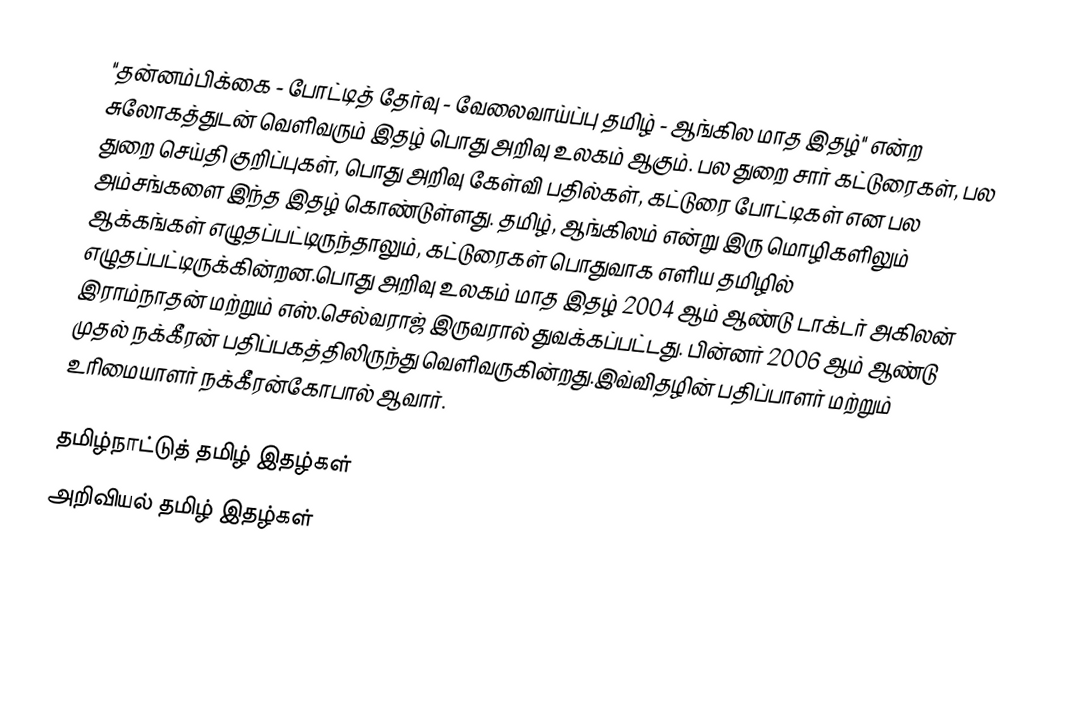
"தன்னம்பிக்கை - போட்டித் தேர்வு - வேலைவாய்ப்பு தமிழ் - ஆங்கில மாத இதழ்" என்ற சுலோகத்துடன் வெளிவரும் இதழ் பொது அறிவு உலகம் ஆகும்.  பல துறை சார் கட்டுரைகள், பல துறை செய்தி குறிப்புகள், பொது அறிவு கேள்வி பதில்கள், கட்டுரை போட்டிகள் என பல அம்சங்களை இந்த இதழ் கொண்டுள்ளது.  தமிழ்,  ஆங்கிலம் என்று இரு மொழிகளிலும் ஆக்கங்கள் எழுதப்பட்டிருந்தாலும், கட்டுரைகள் பொதுவாக எளிய தமிழில் எழுதப்பட்டிருக்கின்றன.பொது அறிவு உலகம் மாத இதழ் 2004 ஆம் ஆண்டு டாக்டர் அகிலன் இராம்நாதன் மற்றும் எஸ்.செல்வராஜ் இருவரால் துவக்கப்பட்டது. பின்னர் 2006 ஆம் ஆண்டு முதல் நக்கீரன் பதிப்பகத்திலிருந்து வெளிவருகின்றது.இவ்விதழின் பதிப்பாளர் மற்றும் உரிமையாளர் நக்கீரன்கோபால் ஆவார்.

தமிழ்நாட்டுத் தமிழ் இதழ்கள்
அறிவியல் தமிழ் இதழ்கள்